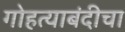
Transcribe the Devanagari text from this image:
गोहत्याबंदीचा